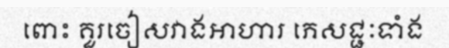
ពោះ គួរចៀសវាងអាហារ ភេសជ្ជៈទាំង